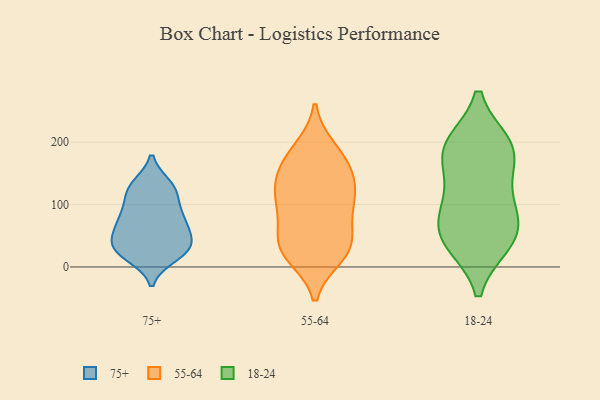
{"axis": {"x": "Page Views", "y": "Value"}, "legend": ["18-24", "55-64", "75+"], "data": [{"x": "", "y": 124, "type": "75+"}, {"x": "", "y": 62, "type": "75+"}, {"x": "", "y": 43, "type": "75+"}, {"x": "", "y": 26, "type": "75+"}, {"x": "", "y": 45, "type": "75+"}, {"x": "", "y": 28, "type": "75+"}, {"x": "", "y": 27, "type": "75+"}, {"x": "", "y": 76, "type": "75+"}, {"x": "", "y": 90, "type": "75+"}, {"x": "", "y": 118, "type": "75+"}, {"x": "", "y": 18, "type": "75+"}, {"x": "", "y": 130, "type": "75+"}, {"x": "", "y": 127, "type": "75+"}, {"x": "", "y": 76, "type": "75+"}, {"x": "", "y": 30, "type": "75+"}, {"x": "", "y": 76, "type": "75+"}, {"x": "", "y": 94, "type": "55-64"}, {"x": "", "y": 187, "type": "55-64"}, {"x": "", "y": 36, "type": "55-64"}, {"x": "", "y": 30, "type": "55-64"}, {"x": "", "y": 140, "type": "55-64"}, {"x": "", "y": 113, "type": "55-64"}, {"x": "", "y": 163, "type": "55-64"}, {"x": "", "y": 110, "type": "55-64"}, {"x": "", "y": 142, "type": "55-64"}, {"x": "", "y": 20, "type": "55-64"}, {"x": "", "y": 177, "type": "55-64"}, {"x": "", "y": 90, "type": "55-64"}, {"x": "", "y": 38, "type": "55-64"}, {"x": "", "y": 32, "type": "55-64"}, {"x": "", "y": 44, "type": "18-24"}, {"x": "", "y": 67, "type": "18-24"}, {"x": "", "y": 106, "type": "18-24"}, {"x": "", "y": 51, "type": "18-24"}, {"x": "", "y": 189, "type": "18-24"}, {"x": "", "y": 110, "type": "18-24"}, {"x": "", "y": 181, "type": "18-24"}, {"x": "", "y": 185, "type": "18-24"}, {"x": "", "y": 194, "type": "18-24"}, {"x": "", "y": 40, "type": "18-24"}]}